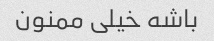
باشه خیلی ممنون